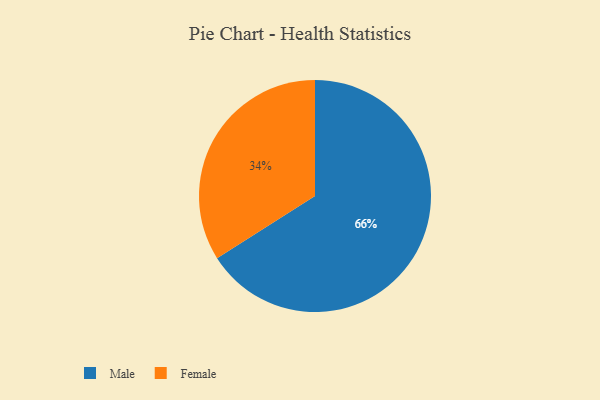
{"axis": {"x": "Category", "y": "Percentage"}, "legend": ["Female", "Male"], "data": [{"x": "Female", "y": 34, "type": "Female"}, {"x": "Male", "y": 66, "type": "Male"}]}